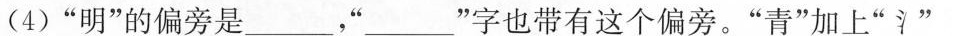
(4)”明”的偏旁是___，”___”字也带有这个偏旁。”青”加上”氵